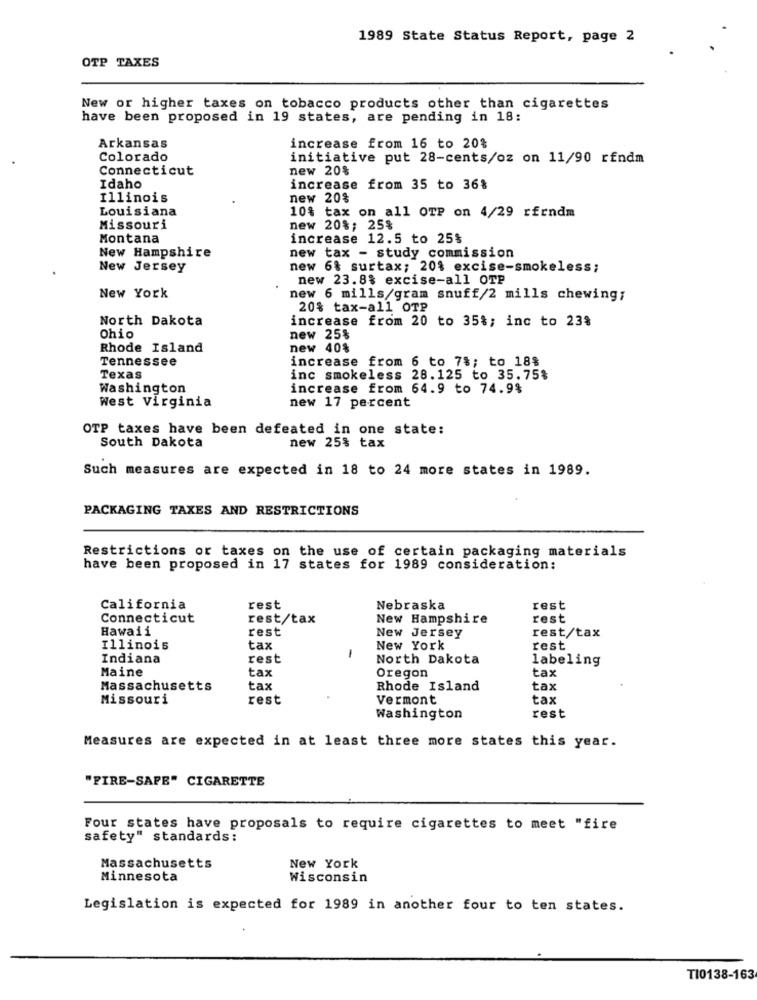
1989 State Status Report, page 2
OTP TAXES
New or higher taxes on tobacco products other than cigarettes
have been proposed in 19 states, are pending in 18:
Arkansas
increase from 16 to 20%
Colorado
initiative put 28-cents/oz on 11/90 rfndm
Connecticut
new 20%
Idaho
increase from 35 to 36%
Illinois
new 20%
Louisiana
10% tax on all OTP on 4/29 rfrndm
Missouri
new 20%; 25%
Montana
increase 12.5 to 25%
New Hampshire
new tax - study commission
New Jersey
new 6% surtax; 20% excise-smokeless;
new 23.8% excise-all OTP
New York
new 6 mills/gram snuff/2 mills chewing;
20% tax-all OTP
North Dakota
increase from 20 to 35%; inc to 23%
Ohio
new 25%
Rhode Island
new 40%
Tennessee
increase from 6 to 7%; to 18%
Texas
inc smokeless 28.125 to 35.75%
Washington
increase from 64.9 to 74.9%
West Virginia
new 17 percent
OTP taxes have been defeated in one state:
new 25% tax
South Dakota
Such measures are expected in 18 to 24 more states in 1989.
PACKAGING TAXES AND RESTRICTIONS
Restrictions or taxes on the use of certain packaging materials
have been proposed in 17 states for 1989 consideration:
California
rest
Nebraska
rest
Connecticut
rest/tax
New Hampshire
rest
Hawaii
rest
New Jersey
rest/tax
Illinois
tax
-
New York
rest
Indiana
rest
North Dakota
labeling
Maine
tax
Oregon
tax
Massachusetts
tax
Rhode Island
tax
Missouri
rest
Vermont
tax
Washington
rest
Measures are expected in at least three more states this year.
"FIRE-SAPE" CIGARETTE
Four states have proposals to require cigarettes to meet "fire
safety" standards:
New York
Massachusetts
Minnesota
Wisconsin
Legislation is expected for 1989 in another four to ten states.
TI0138-163